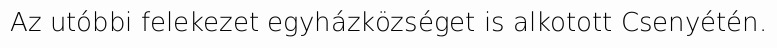
Az utóbbi felekezet egyházközséget is alkotott Csenyétén.